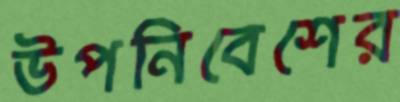
উপনিবেশের